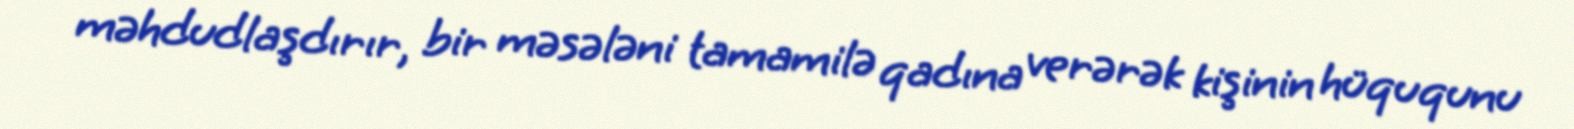
məhdudlaşdırır, bir məsələni tamamilə qadına verərək kişinin hüququnu